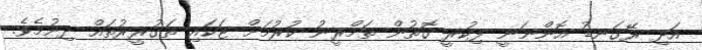
އަދި ރޭގަނޑު އޮންނަނީ ފިކުރީ ގޮތުން ތަމްރީނު ކުރުމަށް ޓަކައި ތަގުރީރުތައް ދިނުމެވެ.